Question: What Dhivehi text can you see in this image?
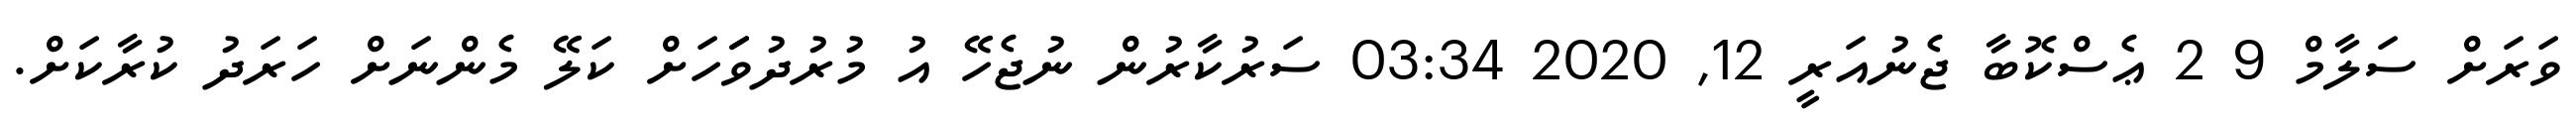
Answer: ވަރަށް ސަލާމް 9 2 ޢެސްކޮބާ ޖެނުއަރީ 12, 2020 03:34 ސަރުކާރުން ނުޖެހޭ އު މުރުދުވަަހަށް ކަލޭ މެންނަށް ހަރަދު ކުރާކަށް.